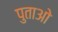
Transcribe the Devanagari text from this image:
पुताओ